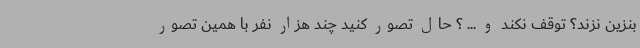
بنزین نزند؟ توقف نکند و ... ؟ حال تصور کنید چند هزار نفر با همین تصور